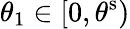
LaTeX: \theta_{1}\in[0,\theta^{\mathrm{s}})